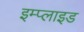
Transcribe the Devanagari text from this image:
इम्प्‍लाइड